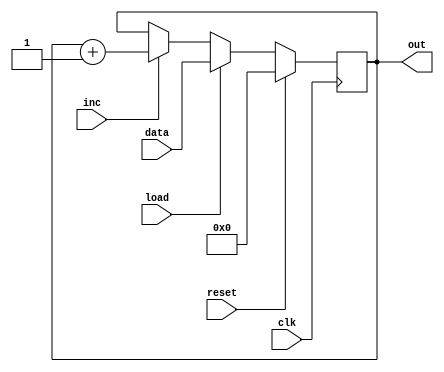
`timescale 1ns / 1ps

module counter#(
    parameter width = 16
    )(
    input  wire clk,
    input  wire reset,
    input  wire load,
    input  wire inc,
    
    input  wire [width - 1 : 0] data,
    output wire [width - 1 : 0] out
    );
    
reg [width - 1 : 0] store = 0;

always@(posedge clk)
    begin
    
    if (reset)
        store <= 0;
    else if (load)
        store <= data;
    else if (inc)
        store <= store + 1;
    
    end
    
assign out = store;

endmodule